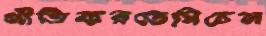
প্রীতিকরডেমিচেল